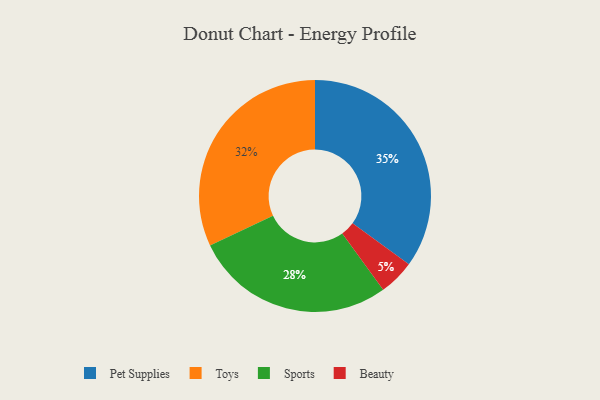
{"axis": {"x": "Category", "y": "Percentage"}, "legend": ["Beauty", "Pet Supplies", "Sports", "Toys"], "data": [{"x": "Pet Supplies", "y": 35, "type": "Pet Supplies"}, {"x": "Sports", "y": 28, "type": "Sports"}, {"x": "Toys", "y": 32, "type": "Toys"}, {"x": "Beauty", "y": 5, "type": "Beauty"}]}